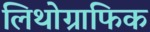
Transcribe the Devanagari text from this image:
लिथोग्राफिक